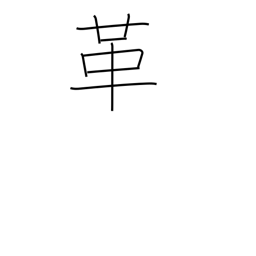
Meaning: reform